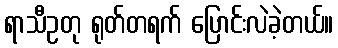
ရာသီဥတု ရုတ်တရက် ပြောင်းလဲခဲ့တယ်။